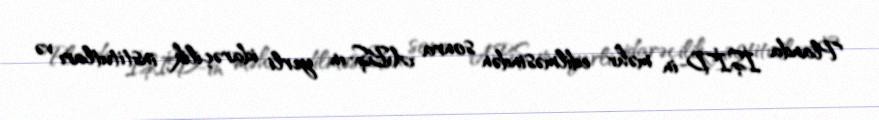
Planda İŞİD-in məhv edilməsindən sonra ABŞ-ın yerli idarəçilik institutları və